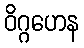
ဝိဂ္ဂဟေန